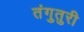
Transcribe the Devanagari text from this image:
तंगुतुरी